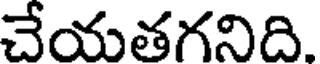
చేయతగనిది.